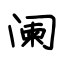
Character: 阑